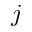
j